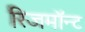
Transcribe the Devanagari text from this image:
रिजमॉन्ट